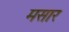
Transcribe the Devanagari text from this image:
मसार